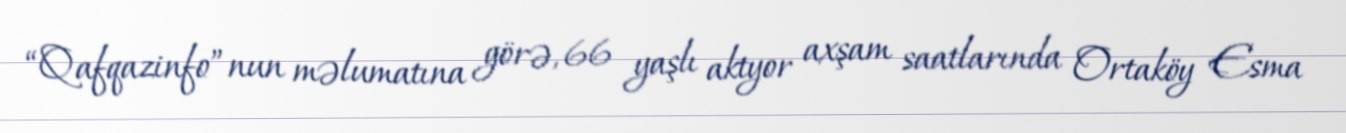
“Qafqazinfo”nun məlumatına görə, 66 yaşlı aktyor axşam saatlarında Ortaköy Esma